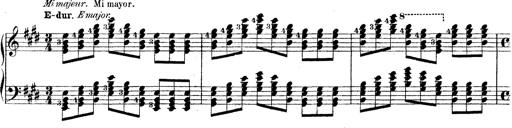
Title: Technische Studien
Composer: Franz Liszt